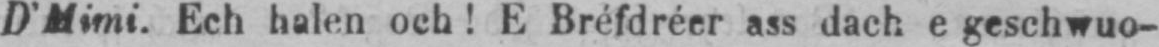
D’Mimi. Ech halen och! E Bréfdréer ass dach e geschwuo-